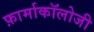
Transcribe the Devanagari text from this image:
फ़ार्माकॉलोजी